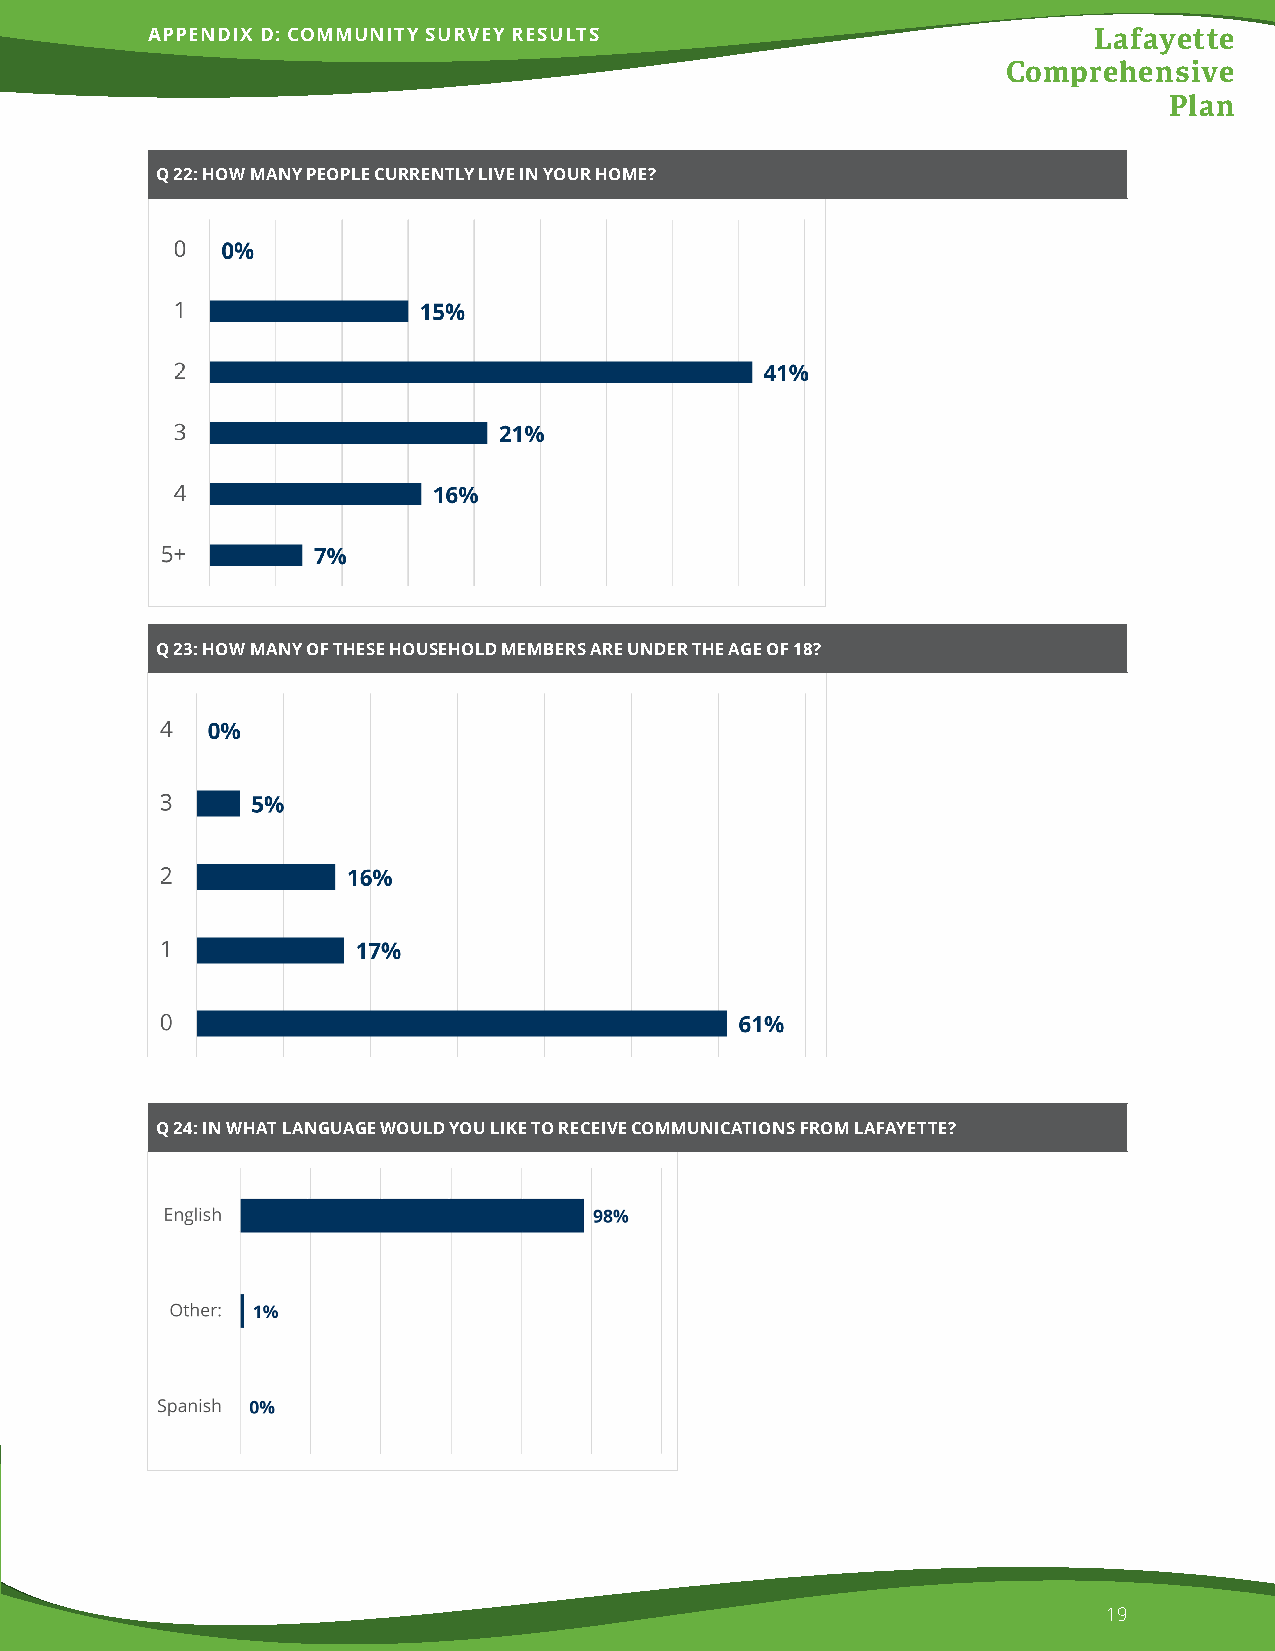
APPENDIX D: COMMUNITY SURVEY RESULTS                          Lafayette
 Comprehensive
 Plan
 Q 22: HOW MANY PEOPLE CURRENTLY LIVE IN YOUR HOME?
 Q 23: HOW MANY OF THESE HOUSEHOLD MEMBERS ARE UNDER THE AGE OF 18?
 Q 24: IN WHAT LANGUAGE WOULD YOU LIKE TO RECEIVE COMMUNICATIONS FROM LAFAYETTE?
 19